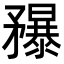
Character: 䂍